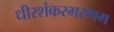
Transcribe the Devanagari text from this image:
धीरशंकरभरणम